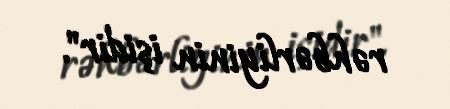
rəhbərliyinin işidir".